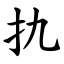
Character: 扏